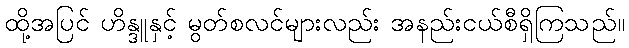
ထို့အပြင် ဟိန္ဒူနှင့် မွတ်စလင်များလည်း အနည်းငယ်စီရှိကြသည်။